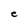
Character: e